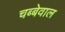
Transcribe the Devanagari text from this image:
चब्बेवाल